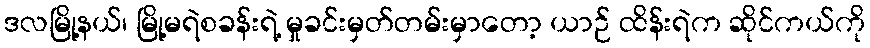
ဒလမြို့နယ်၊ မြို့မရဲစခန်းရဲ့ မှုခင်းမှတ်တမ်းမှာတော့ ယာဉ် ထိန်းရဲက ဆိုင်ကယ်ကို